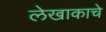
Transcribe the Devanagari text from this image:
लेखाकाचे